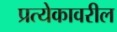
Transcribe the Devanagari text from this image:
प्रत्येकावरील